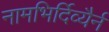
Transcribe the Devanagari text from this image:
नामभिर्दिव्यैर्न